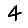
Digit: 4